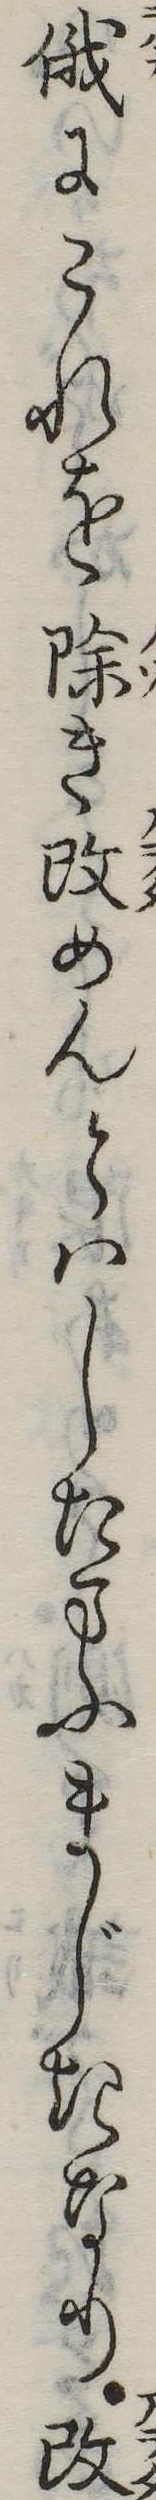
俄にこれを除き改めんとはしたまふまじきなり改